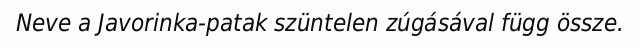
Neve a Javorinka-patak szüntelen zúgásával függ össze.